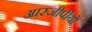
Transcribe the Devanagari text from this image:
आरजीपीयों